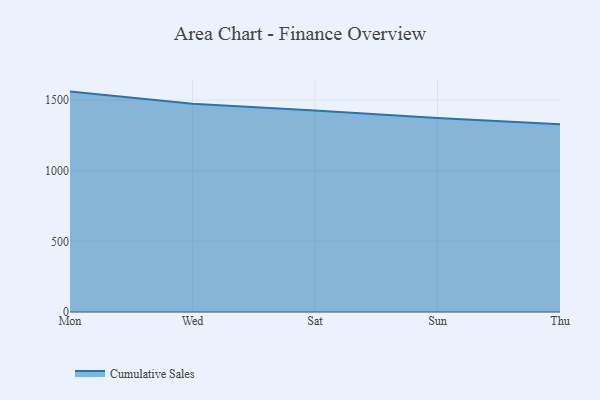
{"axis": {"x": "Day", "y": "Shipments"}, "legend": ["Cumulative Sales"], "data": [{"x": "Mon", "y": 1560.2, "type": "Cumulative Sales"}, {"x": "Wed", "y": 1474.3, "type": "Cumulative Sales"}, {"x": "Sat", "y": 1426.0, "type": "Cumulative Sales"}, {"x": "Sun", "y": 1372.9, "type": "Cumulative Sales"}, {"x": "Thu", "y": 1329.9, "type": "Cumulative Sales"}]}